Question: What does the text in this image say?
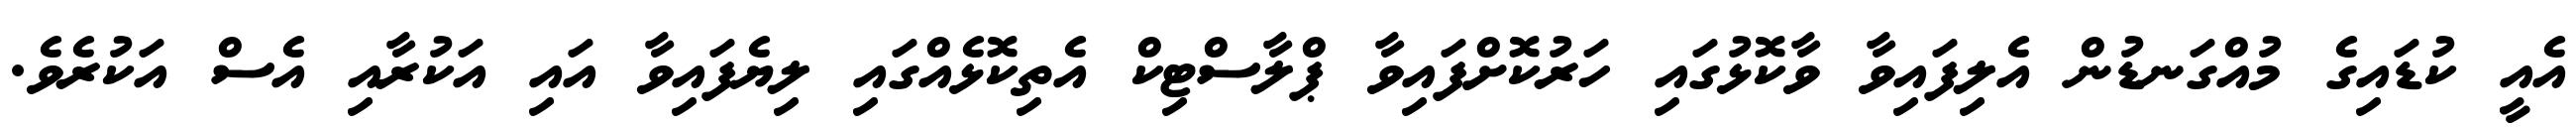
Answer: އެއީ ކުޑައިގެ މުއްގަނޑުން އެލިފައިވާ ވާކޮޅުގައި ހަރުކޮށްފައިވާ ޕްލާސްޓިކް އެތިކޮޅެއްގައި ލިޔެފައިވާ އައި އަކުރާއި އެސް އަކުރެވެ.